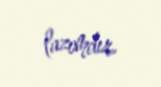
lazımdır.